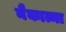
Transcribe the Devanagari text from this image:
नैकात्मा